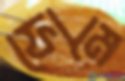
ফোমে